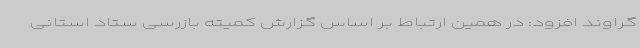
گراوند افزود: در همین ارتباط بر اساس گزارش کمیته بازرسی ستاد استانی